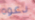
دعوه